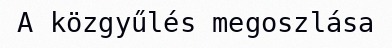
A közgyűlés megoszlása